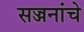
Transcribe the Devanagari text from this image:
सज्जनांचे